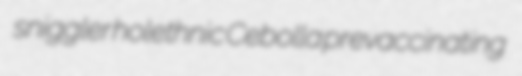
sniggler holethnic Cebolla prevaccinating